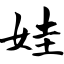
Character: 娃